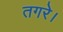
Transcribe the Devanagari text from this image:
तगरे।